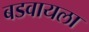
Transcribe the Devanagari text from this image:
बडवायला